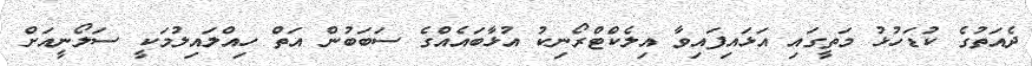
ދެއަތުގެ ކުޑަހުޅު މަތީގައި އަޅައިފައިވާ އިލެކްޓްރޯނިކު އުޅާބައެއްގެ ސަބަބުން އަތް ހިއްލައިލުމަކީ ސަލޯނީއަށް